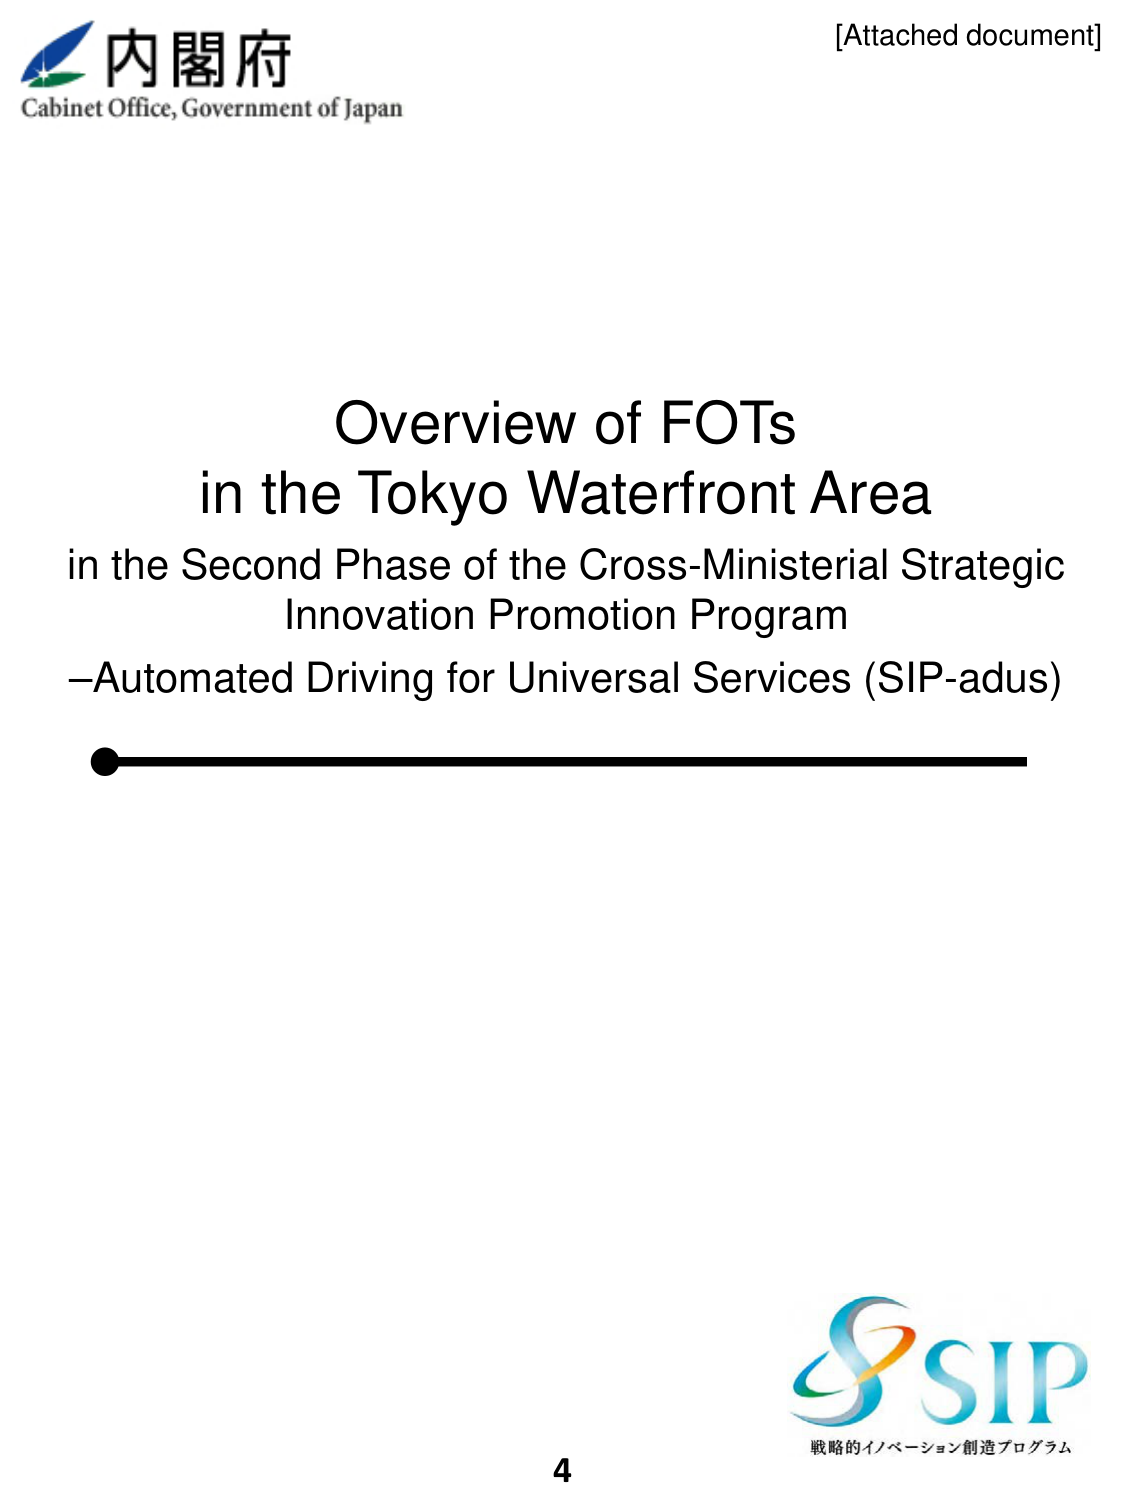
[Attached document]

内閣府
Cabinet Office, Government of Japan

Overview of FOTs
in the Tokyo Waterfront Area
in the Second Phase of the Cross-Ministerial Strategic
Innovation Promotion Program
–Automated Driving for Universal Services (SIP-adus)

4

SIP
戦略的イノベーション創造プログラム